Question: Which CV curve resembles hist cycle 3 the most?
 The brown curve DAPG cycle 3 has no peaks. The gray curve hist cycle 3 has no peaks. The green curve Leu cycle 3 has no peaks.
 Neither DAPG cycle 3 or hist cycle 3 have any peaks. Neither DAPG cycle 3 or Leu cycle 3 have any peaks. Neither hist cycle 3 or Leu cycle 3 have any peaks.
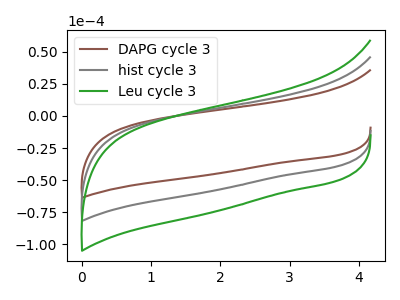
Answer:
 <answer>"hist cycle 3" and "Leu cycle 3" have a similar shape to "DAPG cycle 3".</answer>
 <eval>"hist cycle 3" "Leu cycle 3"</eval>